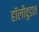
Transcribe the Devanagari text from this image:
हॉलीवुडात